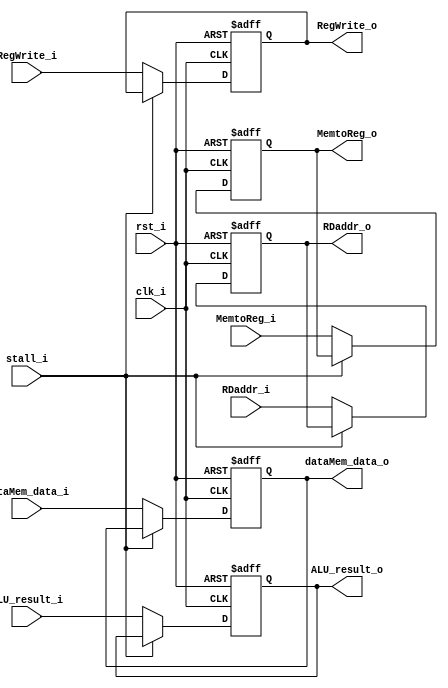
module MEM_WB
(
	RegWrite_i,
	MemtoReg_i,
	RegWrite_o,
	MemtoReg_o,
	dataMem_data_i,
	ALU_result_i,
	dataMem_data_o,
	ALU_result_o,
	RDaddr_i,
	RDaddr_o,
	stall_i,
	clk_i,
	rst_i
);

// 1. WB control signal
input		RegWrite_i, MemtoReg_i;
output reg	RegWrite_o, MemtoReg_o;
// 2. data content
input		[31:0]	dataMem_data_i, ALU_result_i;
output reg	[31:0]	dataMem_data_o, ALU_result_o;
input		[4:0]	RDaddr_i;
output reg	[4:0]	RDaddr_o;
// general signal
input	clk_i, rst_i;
// Memory stall
input	stall_i;

always @(posedge clk_i or negedge rst_i)
begin
	if (~rst_i)
	begin
		RegWrite_o <= 1'b0;
		MemtoReg_o <= 1'b0;
		dataMem_data_o <= 32'b0;
		ALU_result_o <= 32'b0;
		RDaddr_o <= 5'b0;
	end
	else if (stall_i)
	begin
		RegWrite_o <= RegWrite_o;
		MemtoReg_o <= MemtoReg_o;
		dataMem_data_o <= dataMem_data_o;
		ALU_result_o <= ALU_result_o;
		RDaddr_o <= RDaddr_o;
	end
	else begin
		RegWrite_o <= RegWrite_i;
		MemtoReg_o <= MemtoReg_i;
		dataMem_data_o <= dataMem_data_i;
		ALU_result_o <= ALU_result_i;
		RDaddr_o <= RDaddr_i;
	end
end
	
endmodule